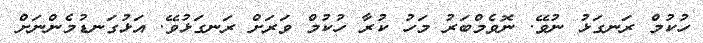
ހުކުމް ރަނގަޅު ނުވޭ. ނޮވެމްބަރު މަހު ކުރާ ހުކުމް ވަރަށް ރަނގަޅުވޭ. އަޅުގަނޑުމެންނަށް